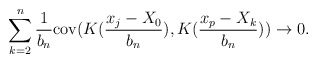
\begin{align*}\sum_{k=2}^{n}\frac{1}{b_{n}}\mathrm{cov}(K(\frac{x_{j}-X_{0}}{b_{n}}),K(\frac{x_{p}-X_{k}}{b_{n}}))\rightarrow0. \end{align*}